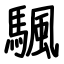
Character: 颿